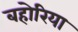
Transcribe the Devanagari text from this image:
बहोरिया